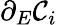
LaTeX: \partial_{E}\mathcal{C}_{i}